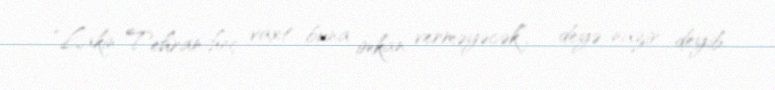
“Lakin Tehran heç vaxt buna imkan verməyəcək”, - deyə nazir deyib.